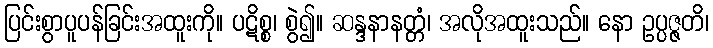
ပြင်းစွာပူပန်ခြင်းအထူးကို။ ပဋိစ္စ၊ စွဲ၍။ ဆန္ဒနာနတ္တံ၊ အလိုအထူးသည်။ နော ဥပ္ပဇ္ဇတိ၊